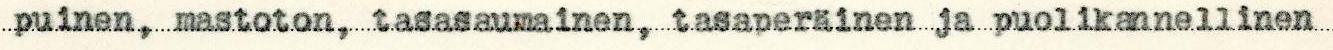
puinen, mastoton, tasasaumainen, tasaperäinen ja puolikannellinen